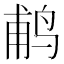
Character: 𬷕